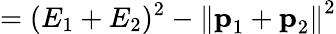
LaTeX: =(E_{1}+E_{2})^{2}-\left\| {\textbf{p}}_{1}+{\textbf{p}}_{2}\right\| ^{2}